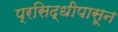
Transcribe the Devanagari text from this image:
प्रसिद्धीपासून